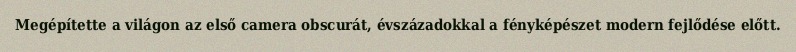
Megépítette a világon az első camera obscurát, évszázadokkal a fényképészet modern fejlődése előtt.